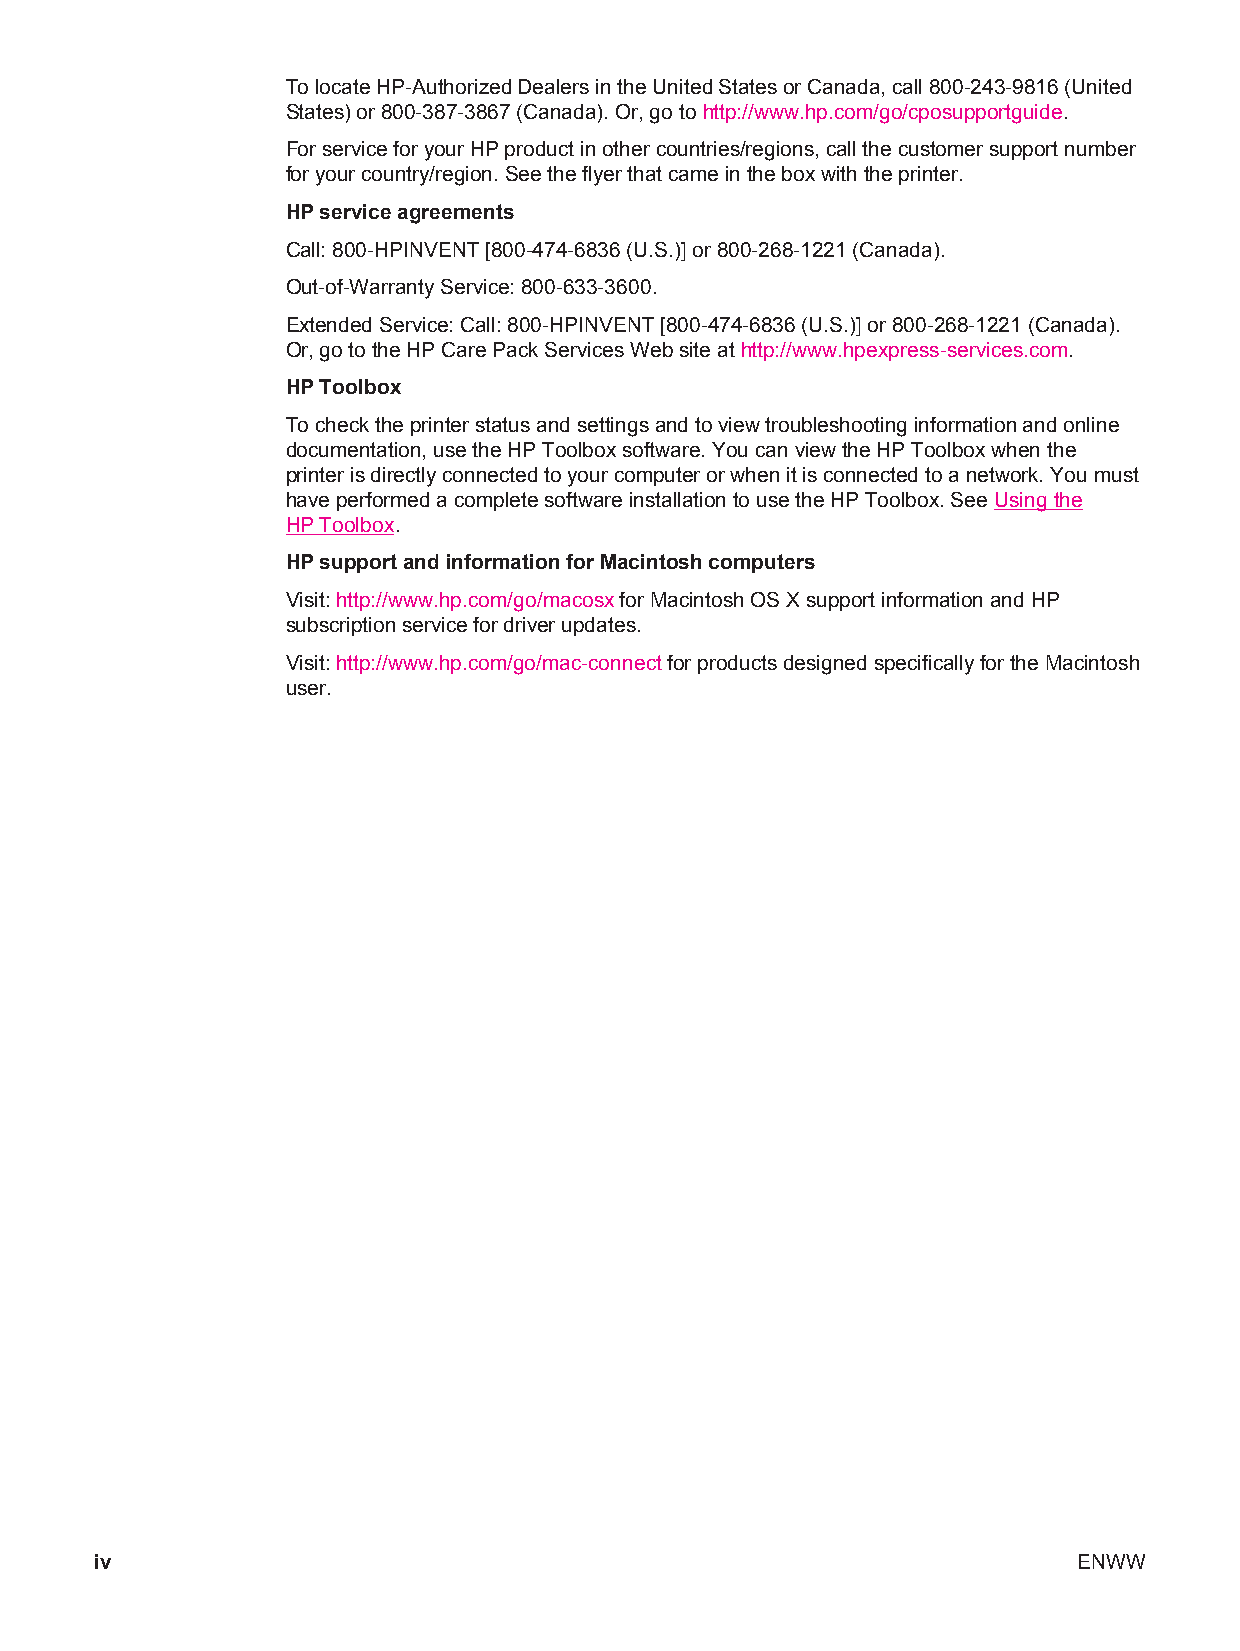
To locate HP-Authorized Dealers in the United States or Canada, call 800-243-9816 (United
 States) or 800-387-3867 (Canada). Or, go to http://www.hp.com/go/cposupportguide.
 For service for your HP product in other countries/regions, call the customer support number
 for your country/region. See the flyer that came in the box with the printer.
 HP service agreements
 Call: 800-HPINVENT [800-474-6836 (U.S.)] or 800-268-1221 (Canada).
 Out-of-Warranty Service: 800-633-3600.
 Extended Service: Call: 800-HPINVENT [800-474-6836 (U.S.)] or 800-268-1221 (Canada).
 Or, go to the HP Care Pack Services Web site at http://www.hpexpress-services.com.
 HP Toolbox
 To check the printer status and settings and to view troubleshooting information and online
 documentation, use the HP Toolbox software. You can view the HP Toolbox when the
 printer is directly connected to your computer or when it is connected to a network. You must
 have performed a complete software installation to use the HP Toolbox. See Using the
 HP Toolbox.
 HP support and information for Macintosh computers
 Visit: http://www.hp.com/go/macosx for Macintosh OS X support information and HP
 subscription service for driver updates.
 Visit: http://www.hp.com/go/mac-connect for products designed specifically for the Macintosh
 user.
 iv                                                               ENWW